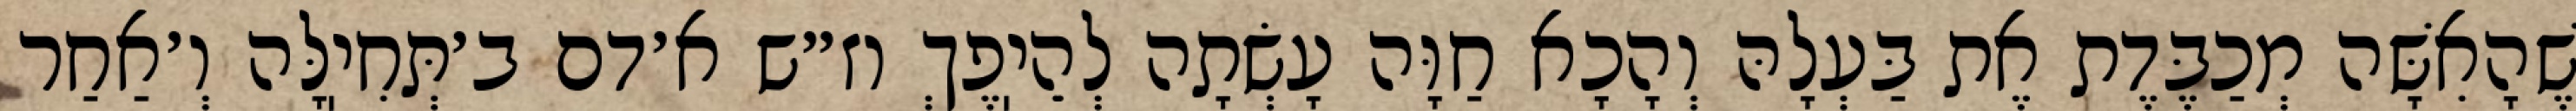
שֶׁהָאִשָּׁה מְכַבֶּדֶת אֶת בַּעְלָהּ וְהָכָא חַוָּה עָשְׂתָה לְהֵיֽפֶךְ וז״ש א׳דם ב׳תְּחִיֽלָּה וְ׳אַחַר